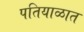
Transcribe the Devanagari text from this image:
पतियाळात